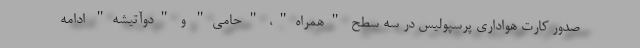
صدور کارت هواداری پرسپولیس در سه سطح "همراه"، "حامی" و "دوآتیشه" ادامه